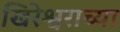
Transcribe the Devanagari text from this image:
खिरेश्वराच्या